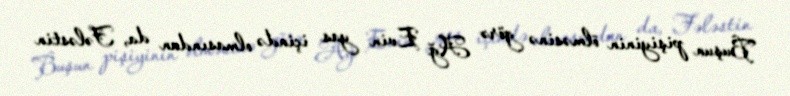
Buşun pişiyinin ölməsinə görə Ağ Evin yas içində olmasından da, Fələstin